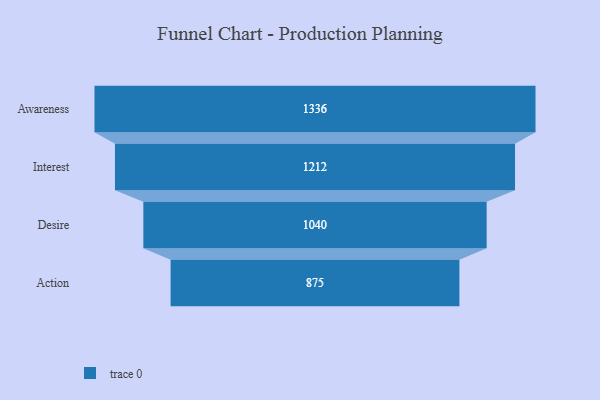
{"axis": {"x": "Stage", "y": "Value"}, "legend": [""], "data": [{"x": "Awareness", "y": 1336.0, "type": ""}, {"x": "Interest", "y": 1212.0, "type": ""}, {"x": "Desire", "y": 1040.0, "type": ""}, {"x": "Action", "y": 875.0, "type": ""}]}